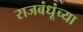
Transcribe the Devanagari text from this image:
राजबंधूंच्या